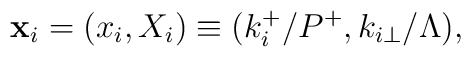
{\bf x}_i = (x_i,X_i) \equiv (k_i^+/P^+, k_{i\perp}/\Lambda),